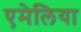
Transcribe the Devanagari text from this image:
एमेलिया